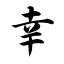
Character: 幸